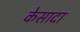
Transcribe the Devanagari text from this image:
केसादा